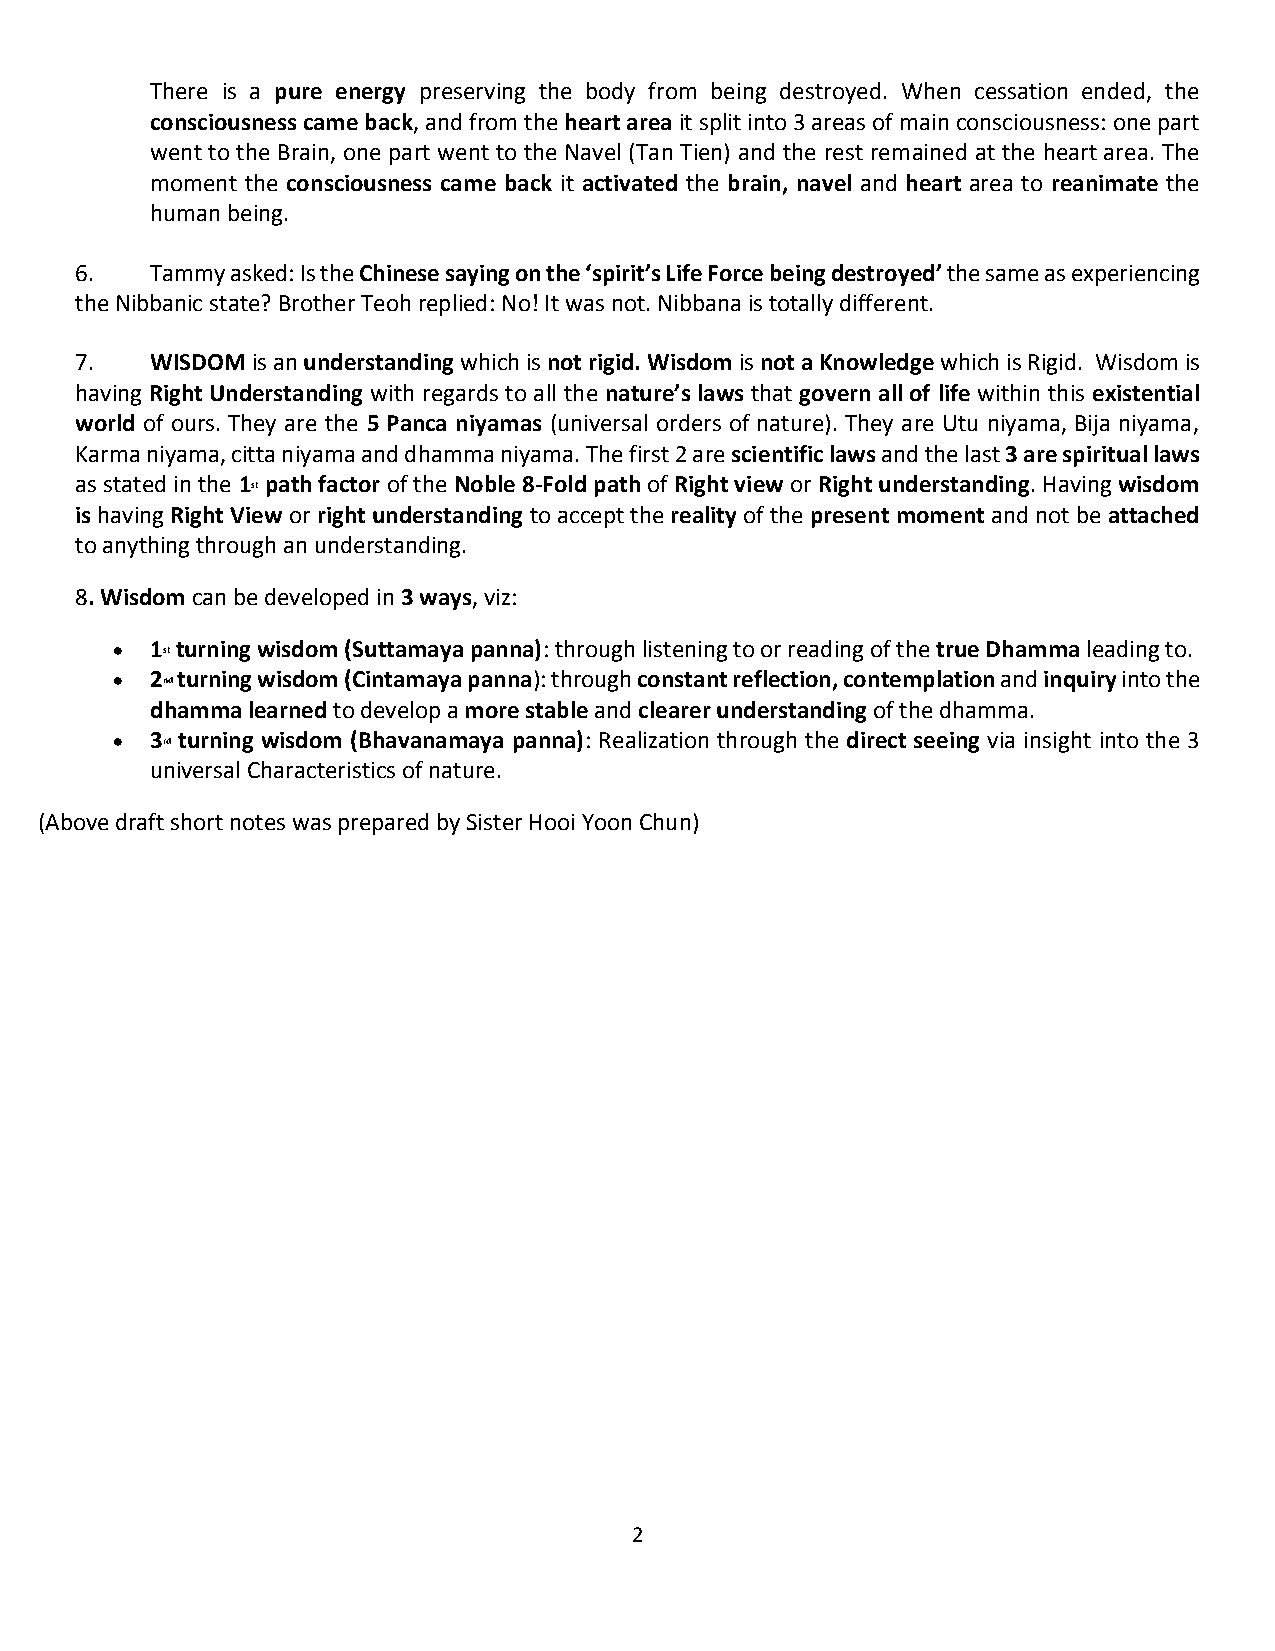
There is a pure energy preserving the body from being destroyed. When cessation ended, the
 consciousness came back, and from the heart area it split into 3 areas of main consciousness: one part
 went to the Brain, one part went to the Navel (Tan Tien) and the rest remained at the heart area. The
 moment the consciousness came back it activated the brain, navel and heart area to reanimate the
 human being.
 6.   Tammy asked: Is the Chinese saying on the ‘spirit’s Life Force being destroyed’ the same as experiencing
 the Nibbanic state? Brother Teoh replied: No! It was not. Nibbana is totally different.
 7.   WISDOM is an understanding which is not rigid. Wisdom is not a Knowledge which is Rigid. Wisdom is
 having Right Understanding with regards to all the nature’s laws that govern all of life within this existential
 world of ours. They are the 5 Panca niyamas (universal orders of nature). They are Utu niyama, Bija niyama,
 Karma niyama, citta niyama and dhamma niyama. The first 2 are scientific laws and the last 3 are spiritual laws
 as stated in the 1 path factor of the Noble 8-Fold path of Right view or Right understanding. Having wisdom
 st
 is having Right View or right understanding to accept the reality of the present moment and not be attached
 to anything through an understanding.
 8. Wisdom can be developed in 3 ways, viz:
   1 st turning wisdom (Suttamaya panna): through listening to or reading of the true Dhamma leading to.
   2 nd turning wisdom (Cintamaya panna): through constant reflection, contemplation and inquiry into the
 dhamma learned to develop a more stable and clearer understanding of the dhamma.
   3 rd turning wisdom (Bhavanamaya panna): Realization through the direct seeing via insight into the 3
 universal Characteristics of nature.
 (Above draft short notes was prepared by Sister Hooi Yoon Chun)
 2